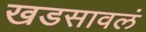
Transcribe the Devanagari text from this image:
खडसावलं